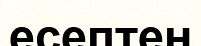
есептен